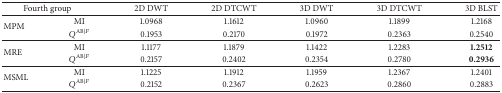
<table><thead><tr><td colspan="2"><b>Fourth group</b></td><td><b>2D DWT</b></td><td><b>2D DTCWT</b></td><td><b>3D DWT</b></td><td><b>3D DTCWT</b></td><td><b>3D BLST</b></td></tr></thead><tbody><tr><td rowspan="2">MPM</td><td>MI</td><td>1.0968</td><td>1.1612</td><td>1.0960</td><td>1.1899</td><td>1.2168</td></tr><tr><td><i>Q</i><sup>AB∣<i>F</i></sup></td><td>0.1953</td><td>0.2170</td><td>0.1972</td><td>0.2363</td><td>0.2540</td></tr><tr><td rowspan="2">MRE</td><td>MI</td><td>1.1177</td><td>1.1879</td><td>1.1422</td><td>1.2283</td><td><b>1.2512</b></td></tr><tr><td><i>Q</i><sup>AB∣<i>F</i></sup></td><td>0.2157</td><td>0.2402</td><td>0.2354</td><td>0.2780</td><td><b>0.2936</b></td></tr><tr><td rowspan="2">MSML</td><td>MI</td><td>1.1225</td><td>1.1912</td><td>1.1959</td><td>1.2367</td><td>1.2401</td></tr><tr><td><i>Q</i><sup>AB∣<i>F</i></sup></td><td>0.2152</td><td>0.2367</td><td>0.2623</td><td>0.2860</td><td>0.2883</td></tr></tbody></table>